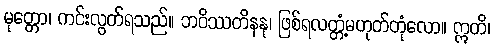
မုတ္တော၊ ကင်းလွတ်ရသည်။ ဘဝိဿတိနနု၊ ဖြစ်ရလတ္တံ့မဟုတ်တုံလော။ ဣတိ၊